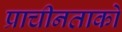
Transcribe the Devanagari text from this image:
प्राचीनताको